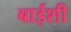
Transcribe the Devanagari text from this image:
बाईशी